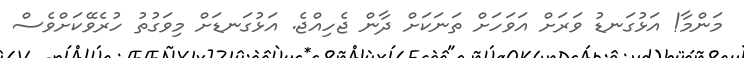
މަންމާ! އަޅުގަނޑު ވަރަށް އަވަހަށް ތަނަކަށް ދާން ޖެހިއްޖެ. އަޅުގަނޑަށް މިވަގުތު ހުރެވޭކަށްވެސް